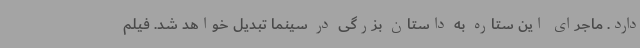
دارد. ماجرای این ستاره به داستان بزرگی در سینما تبدیل خواهد شد. فیلم